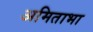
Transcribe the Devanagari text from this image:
अमिताभा